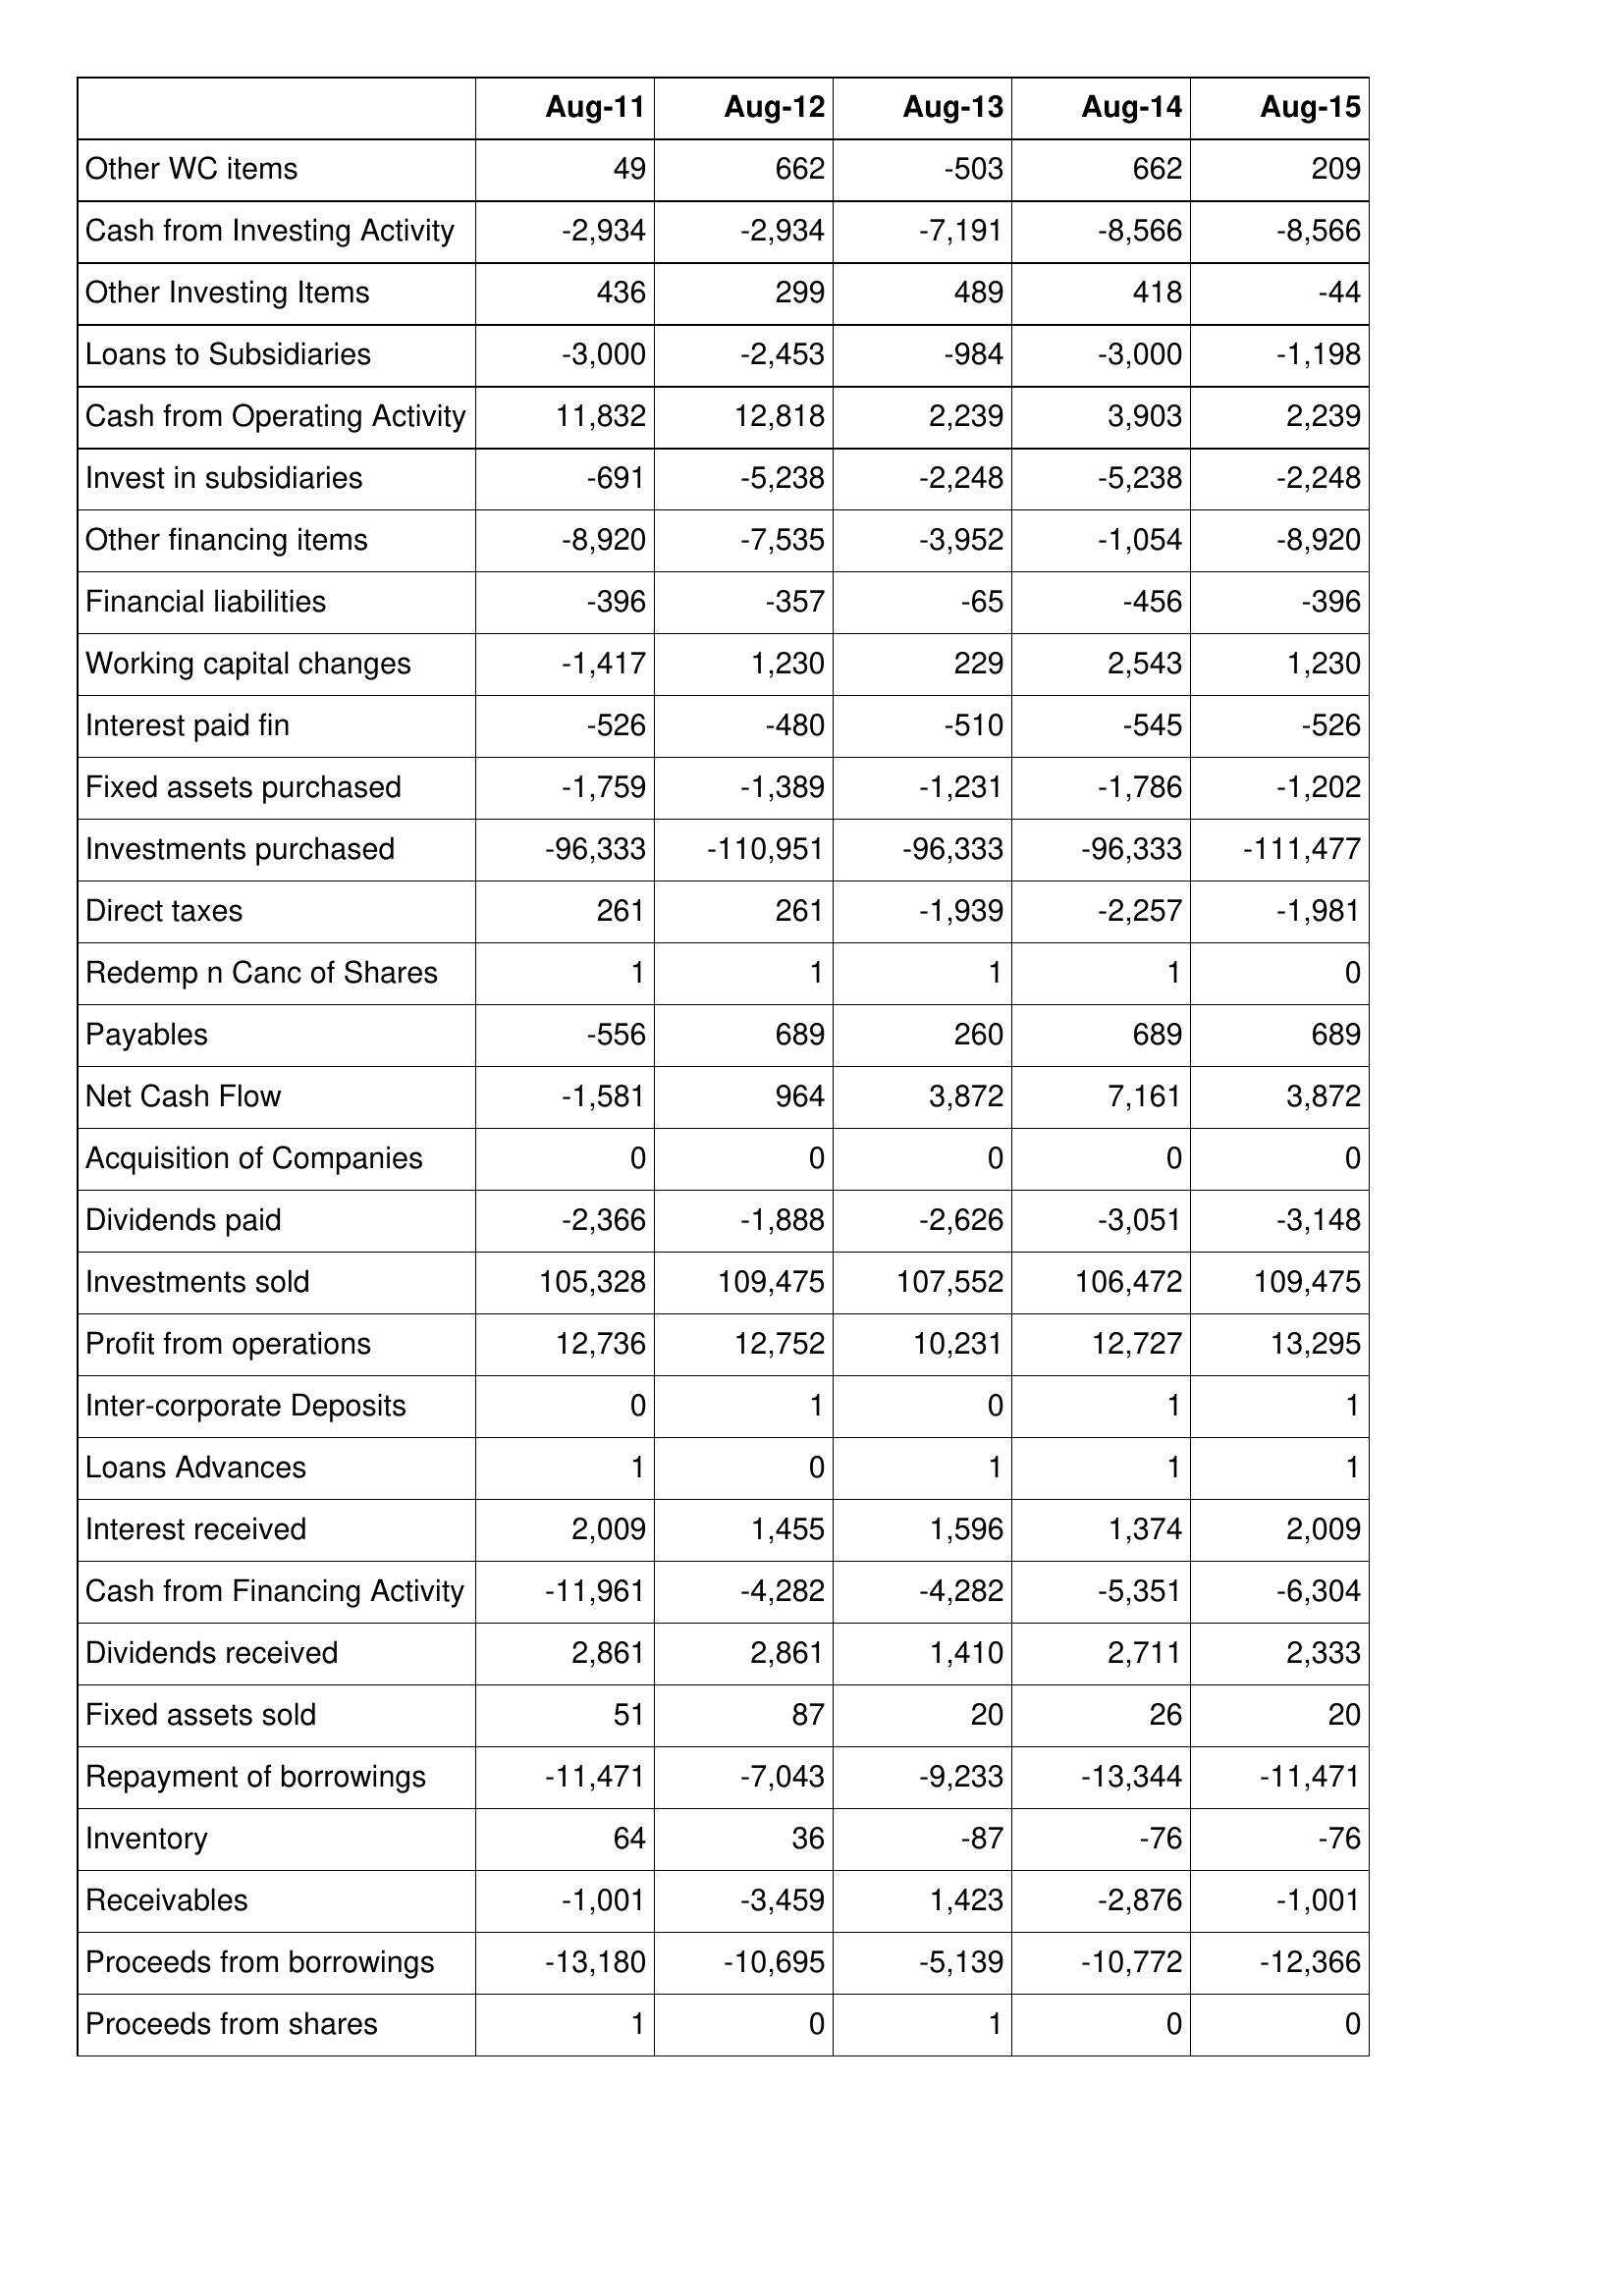
Aug-11: Cash Flows: Other WC items: 49
Cash from Investing Activity: -2,934
Other Investing Items: 436
Loans to Subsidiaries: -3,000
Cash from Operating Activity: 11,832
Invest in subsidiaries: -691
Other financing items: -8,920
Financial liabilities: -396
Working capital changes: -1,417
Interest paid fin: -526
Fixed assets purchased: -1,759
Investments purchased: -96,333
Direct taxes: 261
Redemp n Canc of Shares: 1
Payables: -556
Net Cash Flow: -1,581
Acquisition of Companies: 0
Dividends paid: -2,366
Investments sold: 105,328
Profit from operations: 12,736
Inter-corporate Deposits: 0
Loans Advances: 1
Interest received: 2,009
Cash from Financing Activity: -11,961
Dividends received: 2,861
Fixed assets sold: 51
Repayment of borrowings: -11,471
Inventory: 64
Receivables: -1,001
Proceeds from borrowings: -13,180
Proceeds from shares: 1
Aug-12: Cash Flows: Other WC items: 662
Cash from Investing Activity: -2,934
Other Investing Items: 299
Loans to Subsidiaries: -2,453
Cash from Operating Activity: 12,818
Invest in subsidiaries: -5,238
Other financing items: -7,535
Financial liabilities: -357
Working capital changes: 1,230
Interest paid fin: -480
Fixed assets purchased: -1,389
Investments purchased: -110,951
Direct taxes: 261
Redemp n Canc of Shares: 1
Payables: 689
Net Cash Flow: 964
Acquisition of Companies: 0
Dividends paid: -1,888
Investments sold: 109,475
Profit from operations: 12,752
Inter-corporate Deposits: 1
Loans Advances: 0
Interest received: 1,455
Cash from Financing Activity: -4,282
Dividends received: 2,861
Fixed assets sold: 87
Repayment of borrowings: -7,043
Inventory: 36
Receivables: -3,459
Proceeds from borrowings: -10,695
Proceeds from shares: 0
Aug-13: Cash Flows: Other WC items: -503
Cash from Investing Activity: -7,191
Other Investing Items: 489
Loans to Subsidiaries: -984
Cash from Operating Activity: 2,239
Invest in subsidiaries: -2,248
Other financing items: -3,952
Financial liabilities: -65
Working capital changes: 229
Interest paid fin: -510
Fixed assets purchased: -1,231
Investments purchased: -96,333
Direct taxes: -1,939
Redemp n Canc of Shares: 1
Payables: 260
Net Cash Flow: 3,872
Acquisition of Companies: 0
Dividends paid: -2,626
Investments sold: 107,552
Profit from operations: 10,231
Inter-corporate Deposits: 0
Loans Advances: 1
Interest received: 1,596
Cash from Financing Activity: -4,282
Dividends received: 1,410
Fixed assets sold: 20
Repayment of borrowings: -9,233
Inventory: -87
Receivables: 1,423
Proceeds from borrowings: -5,139
Proceeds from shares: 1
Aug-14: Cash Flows: Other WC items: 662
Cash from Investing Activity: -8,566
Other Investing Items: 418
Loans to Subsidiaries: -3,000
Cash from Operating Activity: 3,903
Invest in subsidiaries: -5,238
Other financing items: -1,054
Financial liabilities: -456
Working capital changes: 2,543
Interest paid fin: -545
Fixed assets purchased: -1,786
Investments purchased: -96,333
Direct taxes: -2,257
Redemp n Canc of Shares: 1
Payables: 689
Net Cash Flow: 7,161
Acquisition of Companies: 0
Dividends paid: -3,051
Investments sold: 106,472
Profit from operations: 12,727
Inter-corporate Deposits: 1
Loans Advances: 1
Interest received: 1,374
Cash from Financing Activity: -5,351
Dividends received: 2,711
Fixed assets sold: 26
Repayment of borrowings: -13,344
Inventory: -76
Receivables: -2,876
Proceeds from borrowings: -10,772
Proceeds from shares: 0
Aug-15: Cash Flows: Other WC items: 209
Cash from Investing Activity: -8,566
Other Investing Items: -44
Loans to Subsidiaries: -1,198
Cash from Operating Activity: 2,239
Invest in subsidiaries: -2,248
Other financing items: -8,920
Financial liabilities: -396
Working capital changes: 1,230
Interest paid fin: -526
Fixed assets purchased: -1,202
Investments purchased: -111,477
Direct taxes: -1,981
Redemp n Canc of Shares: 0
Payables: 689
Net Cash Flow: 3,872
Acquisition of Companies: 0
Dividends paid: -3,148
Investments sold: 109,475
Profit from operations: 13,295
Inter-corporate Deposits: 1
Loans Advances: 1
Interest received: 2,009
Cash from Financing Activity: -6,304
Dividends received: 2,333
Fixed assets sold: 20
Repayment of borrowings: -11,471
Inventory: -76
Receivables: -1,001
Proceeds from borrowings: -12,366
Proceeds from shares: 0